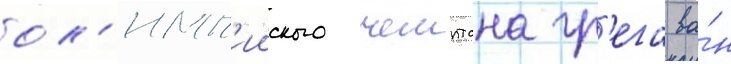
ол'имп'ииского чемптона гр'ега ва́н